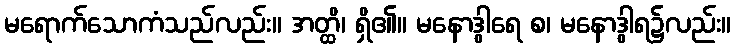
မရောက်သောကံသည်လည်း။ အတ္ထိ၊ ရှိ၏။ မနောဒွါရေ စ၊ မနောဒွါရ၌လည်း။